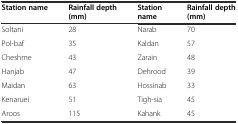
<table><thead><tr><td><b>Station name</b></td><td><b>Rainfall depth (mm)</b></td><td><b>Station name</b></td><td><b>Rainfall depth (mm)</b></td></tr></thead><tbody><tr><td>Soltani</td><td>28</td><td>Narab</td><td>70</td></tr><tr><td>Pol-baf</td><td>35</td><td>Kaldan</td><td>57</td></tr><tr><td>Cheshme</td><td>43</td><td>Zarain</td><td>48</td></tr><tr><td>Hanjab</td><td>47</td><td>Dehrood</td><td>39</td></tr><tr><td>Maidan</td><td>63</td><td>Hossinab</td><td>33</td></tr><tr><td>Kenaruei</td><td>51</td><td>Tigh-sia</td><td>45</td></tr><tr><td>Aroos</td><td>115</td><td>Kahank</td><td>45</td></tr></tbody></table>